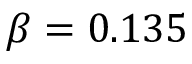
\beta = 0 . 1 3 5